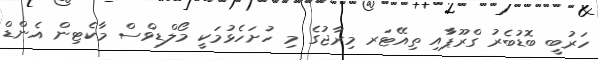
ހަރުބީ ބޮޑުބެރު ގްރޫޕާާއި ތިއޭޓަރ މިރާޖުގެ މި ހުށަހެޅުމަކީ މޯލްޑިވްސް މާކެޓިން އެންޑް